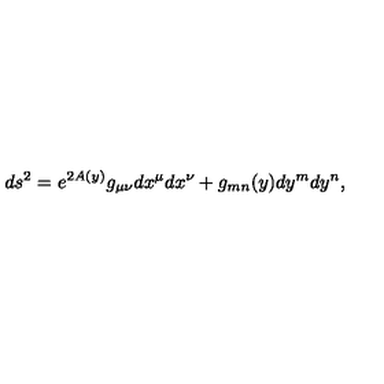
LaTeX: d s ^ { 2 } = e ^ { 2 A ( y ) } g _ { \mu \nu } d x ^ { \mu } d x ^ { \nu } + g _ { m n } ( y ) d y ^ { m } d y ^ { n } ,